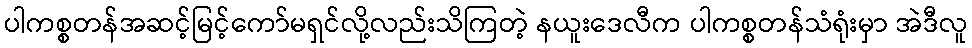
ပါကစ္စတန်အဆင့်မြင့်ကော်မရှင်လို့လည်းသိကြတဲ့ နယူးဒေလီက ပါကစ္စတန်သံရုံးမှာ အဲဒီလူ